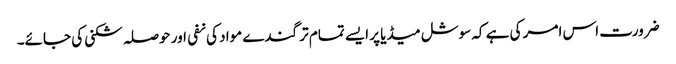
ضرورت اس امر کی ہے کہ سوشل میڈیا پر ایسے تمام تر گندے مواد کی نفی اور حوصلہ شکنی کی جائے۔